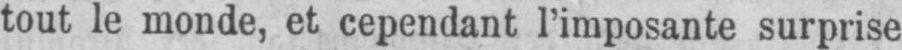
tout le monde, et cependant l’imposante surprise